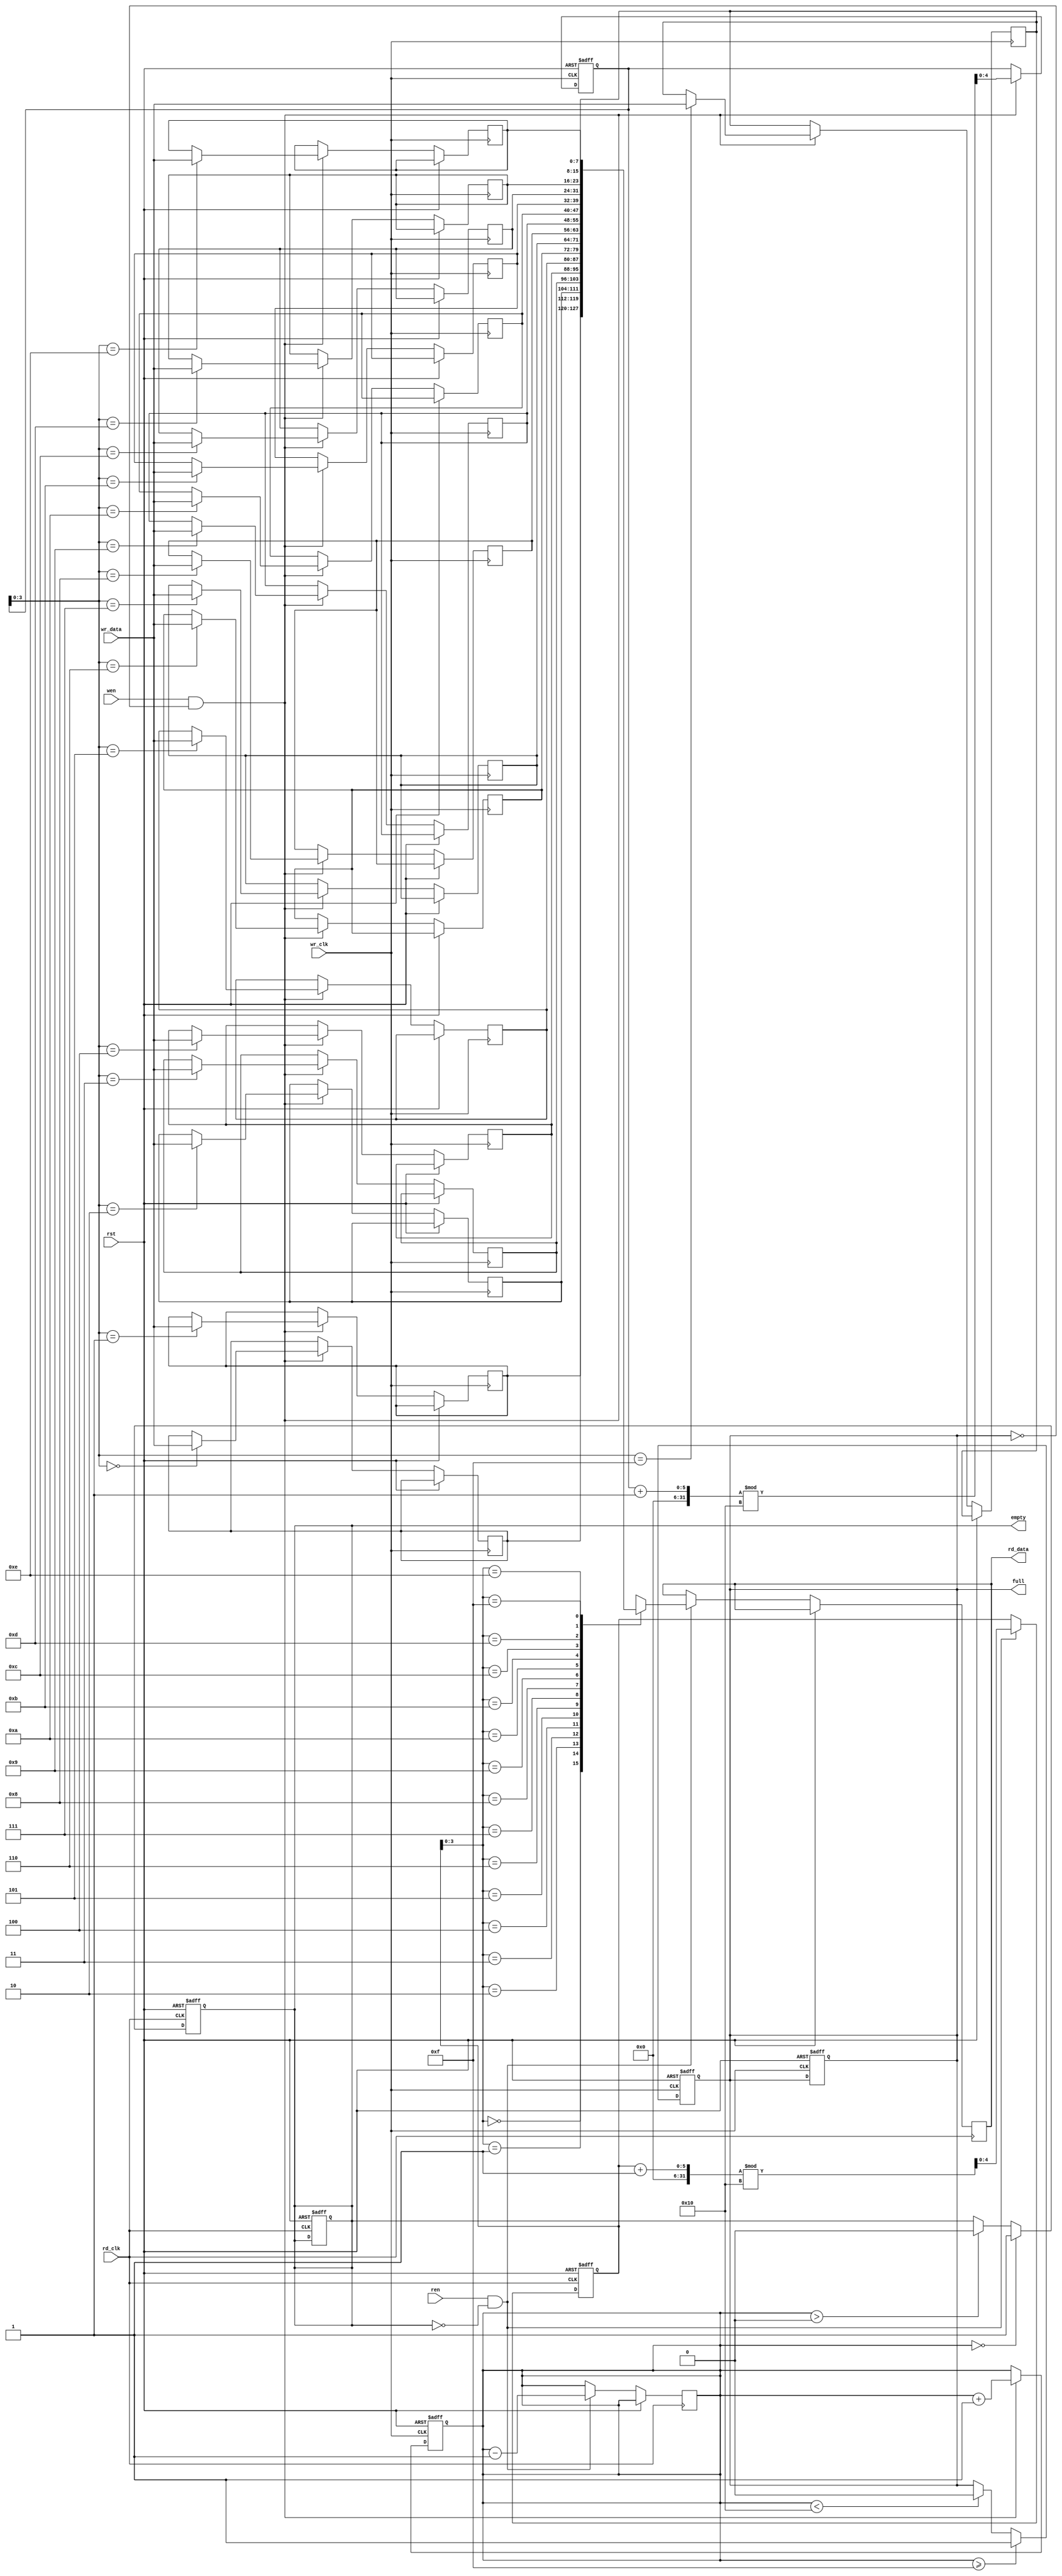
module async_fifo #(
    parameter DATA_WIDTH = 8,   // Width of the data bus
    parameter FIFO_DEPTH = 16    // Depth of the FIFO
)(
    input wire                  wr_clk,    // Write clock
    input wire                  rd_clk,    // Read clock
    input wire                  rst,       // Asynchronous reset
    input wire [DATA_WIDTH-1:0] wr_data,   // Write data input
    input wire                  wen,       // Write enable
    input wire                  ren,       // Read enable
    output reg [DATA_WIDTH-1:0] rd_data,   // Read data output
    output reg                  full,      // FIFO full flag
    output reg                  empty       // FIFO empty flag
);

// Memory declaration
reg [DATA_WIDTH-1:0] fifo_mem [0:FIFO_DEPTH-1];

// Write and read pointers
reg [4:0] wr_ptr;  // 5 bits can address 32 locations
reg [4:0] rd_ptr;  // 5 bits can address 32 locations
reg [4:0] count;   // Count of entries in FIFO

// Reset and Initialize
always @(posedge wr_clk or posedge rst) begin
    if (rst) begin
        wr_ptr <= 0;
        count <= 0;
        full <= 0;
    end else if (wen && !full) begin
        fifo_mem[wr_ptr] <= wr_data; // Write data to memory
        wr_ptr <= (wr_ptr + 1) % FIFO_DEPTH; // Increment write pointer
        count <= count + 1; // Increment count
    end
end

always @(posedge rd_clk or posedge rst) begin
    if (rst) begin
        rd_ptr <= 0;
        empty <= 1;
    end else if (ren && !empty) begin
        rd_data <= fifo_mem[rd_ptr]; // Read data from memory
        rd_ptr <= (rd_ptr + 1) % FIFO_DEPTH; // Increment read pointer
        count <= count - 1; // Decrement count
    end
end

// Status flags
always @(posedge wr_clk or posedge rst) begin
    if (rst) begin
        full <= 0;
    end else if (count >= (FIFO_DEPTH - 1)) begin
        full <= 1; // Set full flag
    end else if (count < FIFO_DEPTH) begin
        full <= 0; // Clear full flag
    end
end

always @(posedge rd_clk or posedge rst) begin
    if (rst) begin
        empty <= 1;
    end else if (count == 0) begin
        empty <= 1; // Set empty flag
    end else if (count > 0) begin
        empty <= 0; // Clear empty flag
    end
end

endmodule